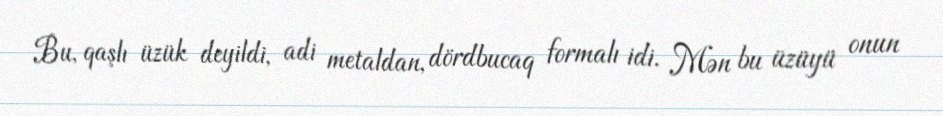
Bu, qaşlı üzük deyildi, adi metaldan, dördbucaq formalı idi. Mən bu üzüyü onun